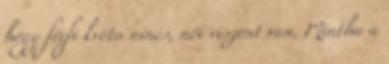
hogy férfi kvóta nincs, női viszont van. Mintha a